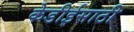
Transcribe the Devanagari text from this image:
केडीईसाठी